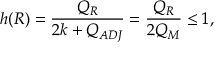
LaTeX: h ( R ) = \frac { Q _ { R } } { 2 k + Q _ { A D J } } = \frac { Q _ { R } } { 2 Q _ { M } } \leq 1 ,